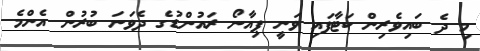
މި ދެ ބައިވެރިން ކަޓާފައި ވަނީ ޕިއާނޯ ރައުންޑުގެ ދެވަނަ ބުރުން އެންމެ